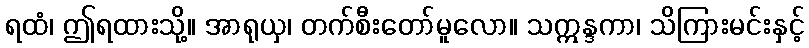
ရထံ၊ ဤရထားသို့။ အာရုယှ၊ တက်စီးတော်မူလော။ သဣန္ဒကာ၊ သိကြားမင်းနှင့်